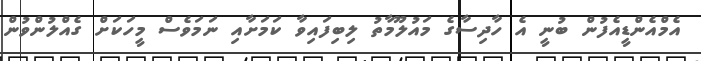
އެމްއެންޑީއެފުން ބުނީ އެ ހާދިސާގެ މައުލޫމާތު ލިބިފައިވާ ކަމަށާއި ނަމަވެސް މީހަކަށް ގެއްލުންވުން